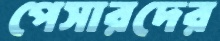
পেসারদের